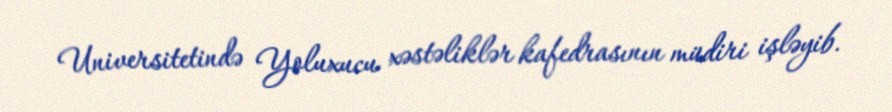
Universitetində Yoluxucu xəstəliklər kafedrasının müdiri işləyib.